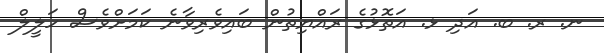
ނ. ރ. ބ. އަދި ޅ. އަތޮޅުގެ ރައްޔިތުން ބައިވެރިވާނެ ކަމަށްވެސް ހަލީލް